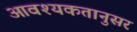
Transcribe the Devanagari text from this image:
आवश्यकतानुसर